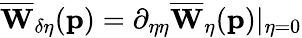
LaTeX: \overline{{\mathbf{W}}}_{\delta\eta}(\mathbf{p})=\partial_{\eta\eta}\overline{{\mathbf{W}}}_{\eta}(\mathbf{p})\vert_{\eta=0}